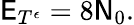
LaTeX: \mathsf{E}_{T^{\epsilon}}=8\mathsf{N}_{0}.